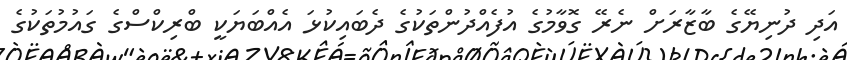
އަދި ދުނިޔޭގެ ބާޒާރަށް ނެރޭ ގޮވާމުގެ އުފެއްދުންތަކުގެ ދެބައިކުޅަ އެއްބަޔަކީ ބްރިކްސްގެ ގައުމުތަކުގެ